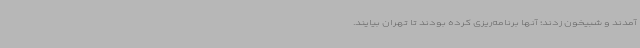
آمدند و شبیخون زدند؛ آنها برنامه‌ریزی کرده بودند تا تهران بیایند.